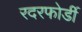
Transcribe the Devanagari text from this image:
रदरफोर्डी